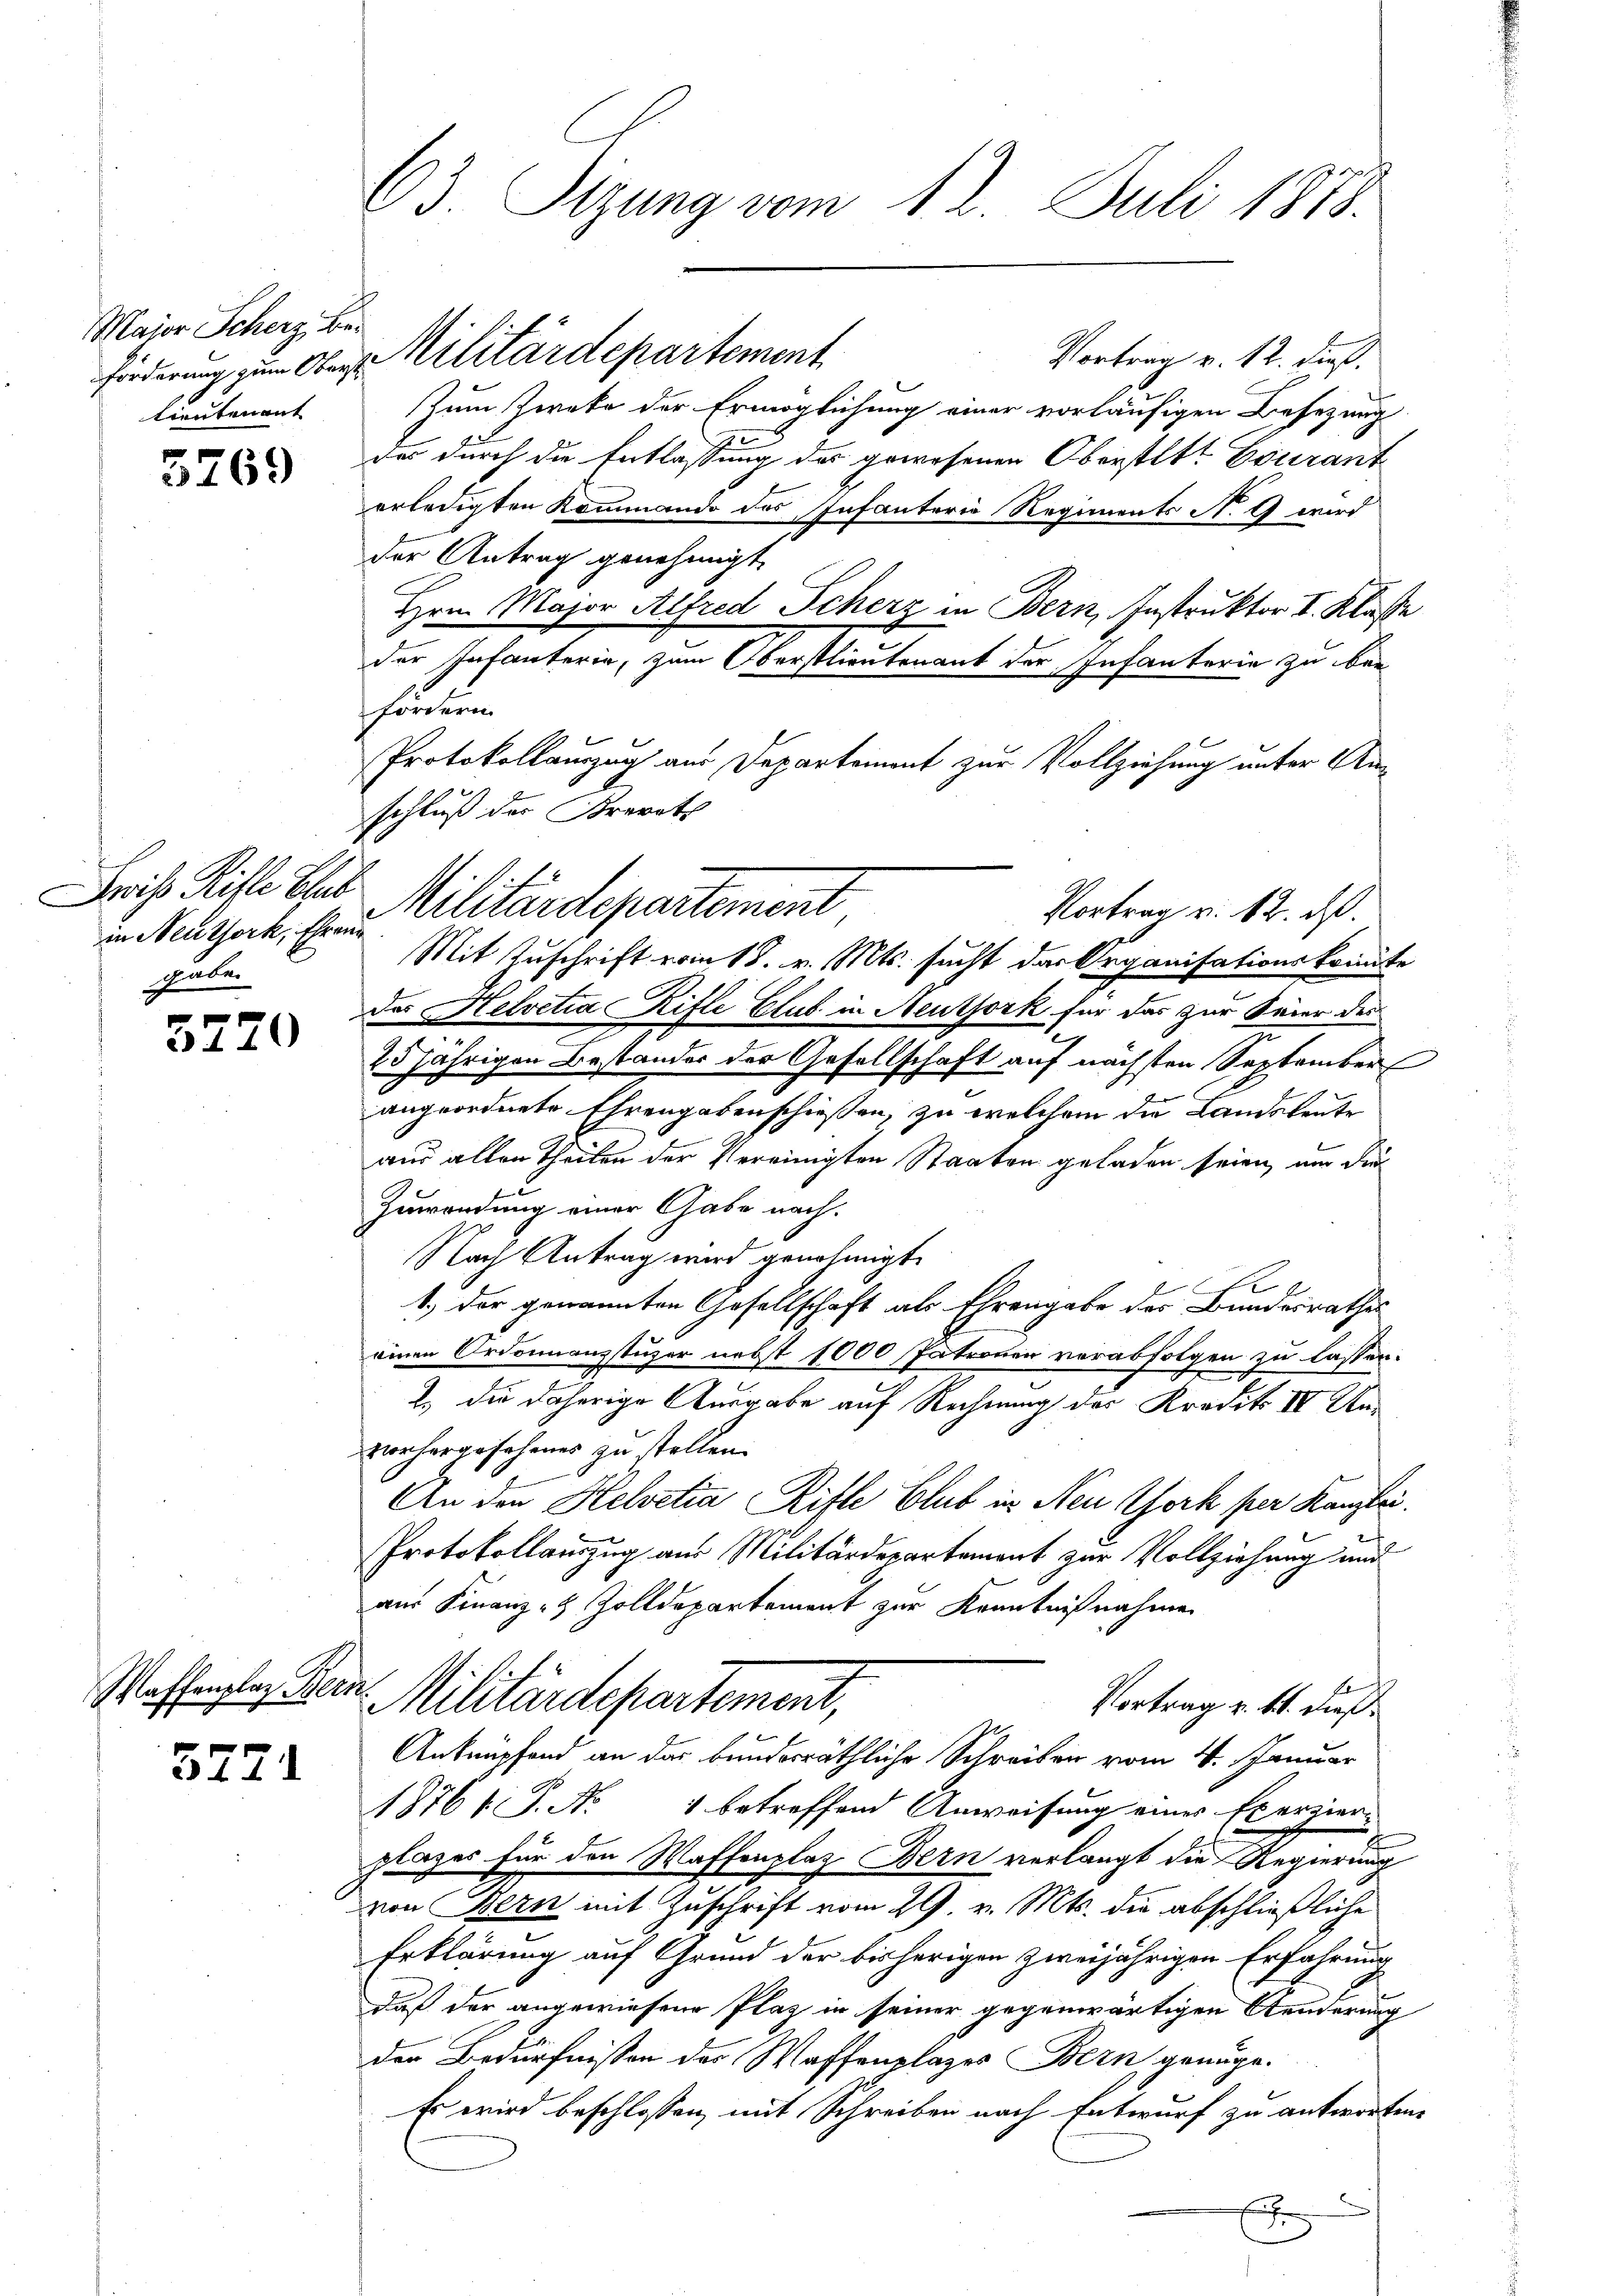
Major Scherz, Betientenant

5269

in Neuthork, Ehren
gaben

3770

3771

63. Sizung vom 12. Juli 1878.

Vortrag v. 12. dieß.
Zum Zweke der Ermöglichung einer vorläufigen Besezung
des durch die Entlassung des gewesenen Oberstatt Courant
erledigten Kommando des Infanterio Regiments No 9 und
der Antrag genehmigt.
Hrn. Major Alfred Scherz in Bern, Instruktor I. Klasse
der Infanterie, zum Oberstlieutenant der Infanterie zu ber
fordern.
Protokollauszug aus Departement zur Vollziehung unter Anschluß der Krevets
Mit Zuschrift vom 18. v. Mts. sucht das Organisationskomite
das Helvetia Rifle Club in Neuthork für das zur Seier des
25 jährigen Bestander der Gesellschaft auf nächsten September
angeordnete Ehrengabenschießen, zu welchem die Landsleute
aus allen Theilen der Vereinigten Staaten geladen seien, um der
Zuwendung einer Gabe nach.
Nach Antrag wird genehmigt.
1.) Der genannten Gesellschaft als Ehrengabe des Bundesrathes
einen Ordonnanzstüzer nebst 1000 Patronen verabfolgen zu lassen.
2.) Die daherige Ausgabe auf Rechnung des Kredit IV Unvorhergesehenes zu stellen.
An den Helvetia Rifle Club in Neu York per Kanzlei.
Protokollauszug aus Militärdepartement zur Vollziehung und
aus Finanz- & Zolldepartement zur Kenntnißnahme
Waffenplaz Bern Militärdepartement,
Vortrag u. 11. dieß
Anknüpfend an das bunderräthliche Schreiben vom 4. Januar
1876/ P. No 1 betreffend Anweisung eines Exerzier-
plages für den Waffenplaz Bern verlangt die Regierung
von Bern mit Zuschrift vom 29. v. Mts. die abschließliche
Erklärung auf Grund der bisherigen zweijährigen Erfahrung
Daß der angewiesene Plaz in seiner gegenwärtigen Aenderung
der Bedürfnissen des Waffenplazer Bern genüge.
Es wird beschlossen, mit Schreiben nach Entwurf zu antworten.
E

forderung zum Aber Militärdepartement

Frist Risl. Stab Militärdepartement

Vortrag v. 12. ds.